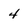
Character: 4